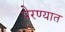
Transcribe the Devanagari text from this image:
पेरण्यात